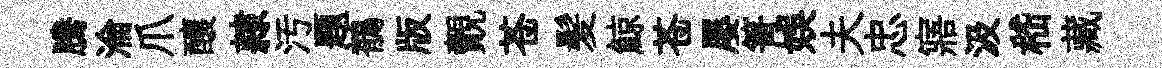
騰淪爪釀隷汚题鶺版覿苍髪鯨苍屡箐娱夫忠寤汲嵇藏